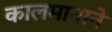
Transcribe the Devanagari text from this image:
कालमानाने